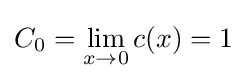
C_{0}=\lim _{x\to 0}c(x)=1